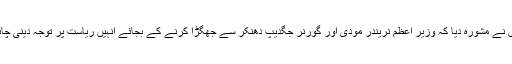
انہوں نے مشورہ دیا کہ وزیر اعظم نریندر مودی اور گورنر جگدیپ دھنکر سے جھگڑا کرنے کے بجائے انہیں ریاست پر توجہ دینی چاہئے۔